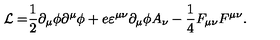
\mathcal { L = } \frac { 1 } { 2 } \partial _ { \mu } \phi \partial ^ { \mu } \phi + e \varepsilon ^ { \mu \nu } \partial _ { \mu } \phi A _ { \nu } - \frac { 1 } { 4 } F _ { \mu \nu } F ^ { \mu \nu } .